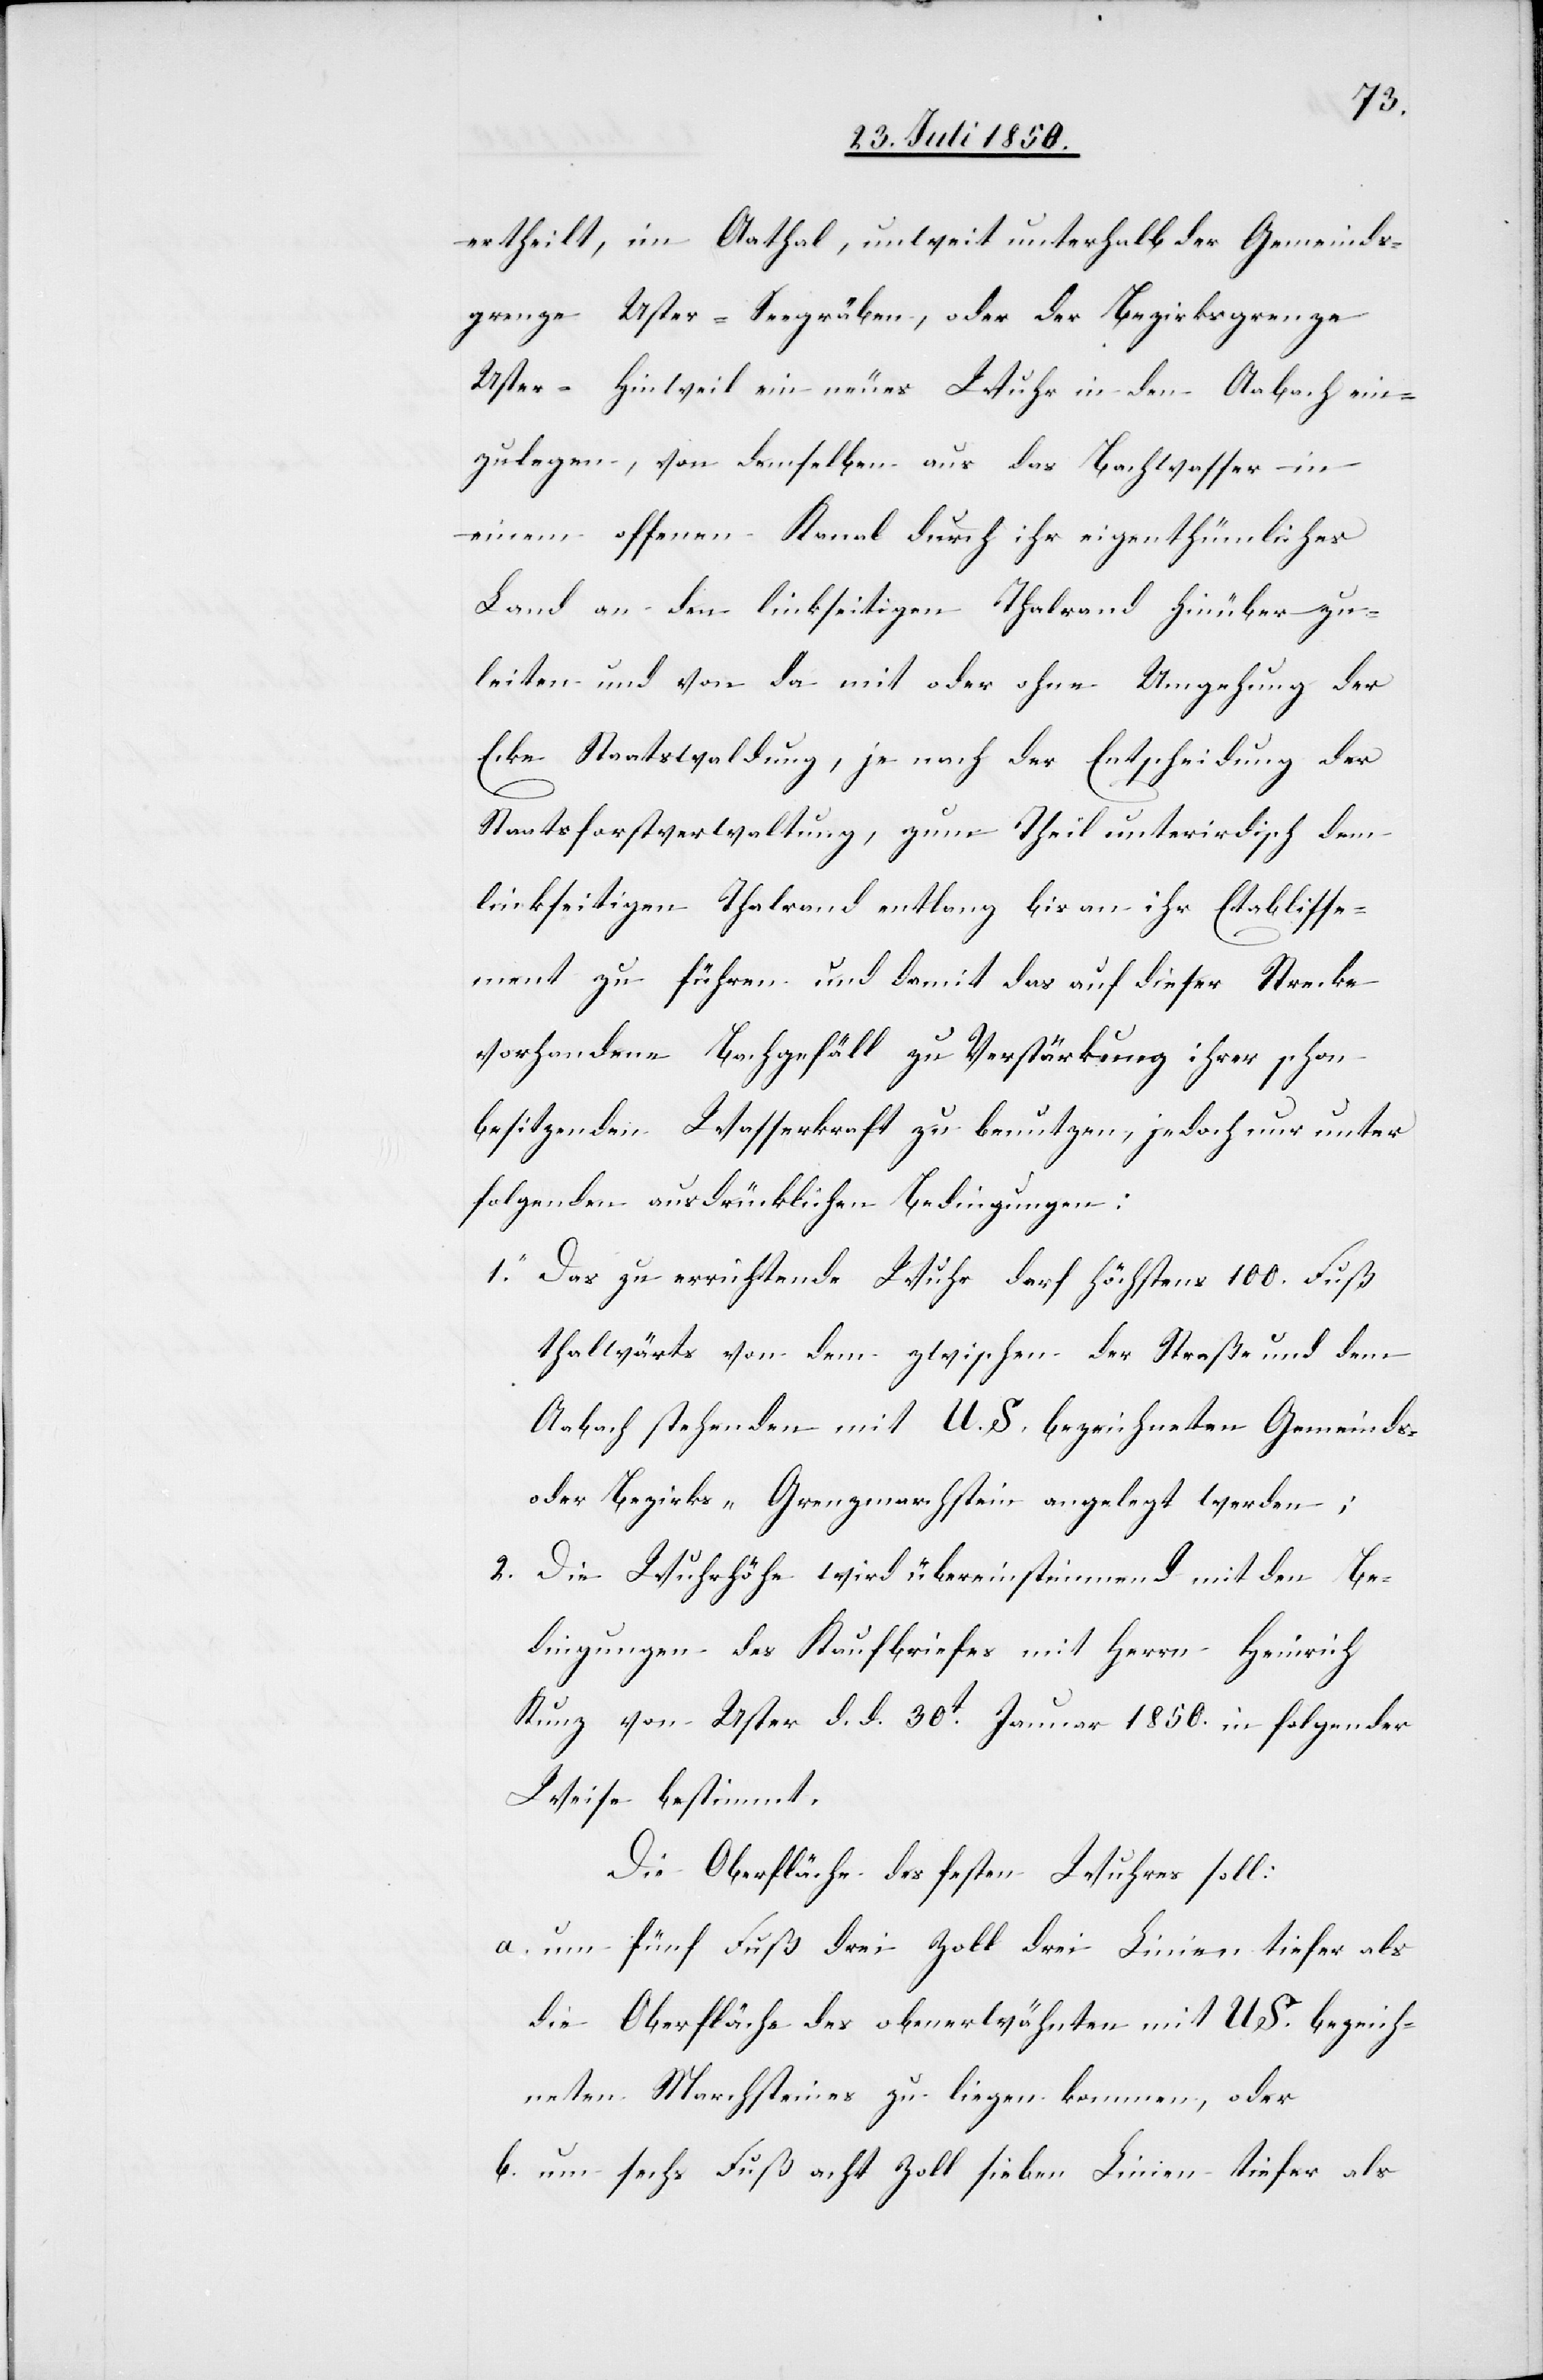
ertheilt, im Aathal, unweit unterhalb der Gemeinds¬
grenze Uster-Seegräben, oder der Bezirksgrenze
Uster-Hinweil ein neues Wuhr in den Aabach ein¬
zulegen, von demselben aus das Bachwasser in
einem offenen Kanal durch ihr eigenthümliches
Land an den linksseitigen Thalrand hinüber zu¬
leiten und von da mit oder ohne Umgehung der
Ecke Staatswaldung, je nach der Entscheidung der
Staatsforstverwaltung, zum Theil unterirdisch dem
linkseitigen Thalrand entlang bis an ihr Etablisse¬
ment zu führen und damit das auf dieser Strecke
vorhandene Bachgefäll zu Verstärkung ihrer schon
besitzenden Wasserkraft zu benutzen, jedoch nur unter
folgenden ausdrücklichen Bedingungen:
1. Das zu errichtende Wuhr darf höchstens 100. Fuß
thalwärts von dem zwischen der Straße und dem
Aabach stehenden mit U. S. bezeichneten Gemeinds-
oder Bezirks-Grenzmarchstein angelegt werden;
2. Die Wuhrhöhe wird übereinstimmend mit den Be¬
dingungen des Kaufbriefes mit Herrn Heinrich
Kunz von Uster d. d. 30t Januar 1850. in folgender
Weise bestimmt.
Die Oberfläche des festen Wuhres soll:
a. um fünf Fuß drei Zoll drei Linien tiefer als
die Oberfläche des obenerwähnten mit US. bezeich¬
neten Marchsteines zu liegen kommen, oder
b. um sechs Fuß acht Zoll sieben Linien tiefer als